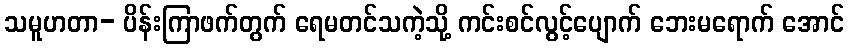
သမူဟတာ- ပိန်းကြာဖက်တွက် ရေမတင်သကဲ့သို့ ကင်းစင်လွင့်ပျောက် ဘေးမရောက် အောင်